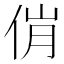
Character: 𬾎